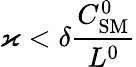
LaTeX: \varkappa<\delta\frac{C_{\mathrm{SM}}^{0}}{L^{0}}